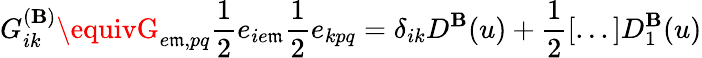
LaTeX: G_{ik}^{(\mathbf{B})}\equivG_{e\mathfrak{m},pq}\frac{{1}}{{2}}e_{ie\mathfrak{m}}\frac{{1}}{{2}}e_{kpq}=\delta_{ik}D^{\mathbf{B}}(u)+\frac{{1}}{{2}}[...]D_{1}^{\mathbf{B}}(u)